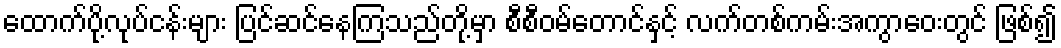
ထောက်ပို့လုပ်ငန်းများ ပြင်ဆင်နေကြသည်တို့မှာ စီစီဝမ်တောင်နှင့် လက်တစ်ကမ်းအကွာဝေးတွင် ဖြစ်၍